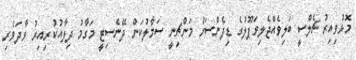
މޮޅުވިއިރު ޗެލްސީ ބަލިވެއްޖެލިވަޕޫލުގެ ޑިފެންސަށް މަންޗިނީ ސަމާލުކަން ދޭނެސިޓީ މަގާމު ދިފާއުކުރިއިރު ވާދަވެރި